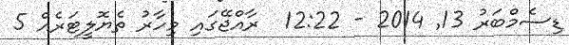
ޑިސެމްބަރު 13